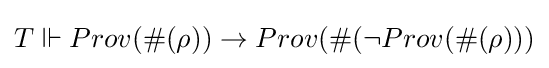
T\Vdash Prov(\#(\rho ))\rightarrow Prov(\#(\neg Prov(\#(\rho )))